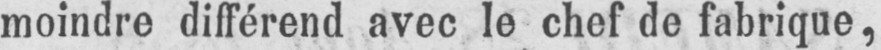
moindre différend avec le chef de fabrique,